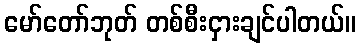
မော်တော်ဘုတ် တစ်စီးငှားချင်ပါတယ်။